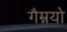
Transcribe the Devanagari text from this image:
गैम्नयो